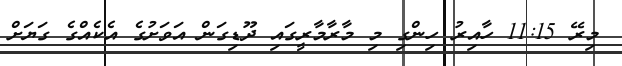
މިރޭ 11:15 ހާއިރު ހިންގި މި މާރާމާރީގައި ދޫޑިގަން އަވަށުގެ އެކެއްގެ ގަޔަށް